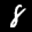
Label: 8